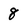
Character: 8